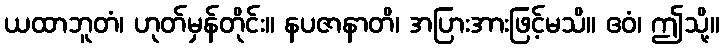
ယထာဘူတံ၊ ဟုတ်မှန်တိုင်း။ နပဇာနာတိ၊ အပြားအားဖြင့်မသိ။ ဧဝံ၊ ဤသို့။